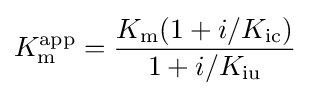
K_{\mathrm {m} }^{\mathrm {app} }={\dfrac {K_{\mathrm {m} }(1+i/K_{\mathrm {ic} })}{1+i/K_{\mathrm {iu} }}}